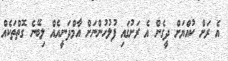
އެ ރަށް ކުއްޔަށް ދީގެން އެ ރަށުގައި ފުލުހުންނަށް އާމްދަނީއެއް ލިބޭނެ ގޮތްތަކެއް